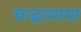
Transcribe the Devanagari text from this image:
चन्द्रामामा